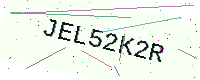
Text: JEL52K2R